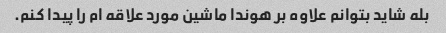
بله شاید بتوانم علاوه بر هوندا ماشین مورد علاقه ام را پیدا کنم.